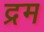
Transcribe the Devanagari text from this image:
द्रम